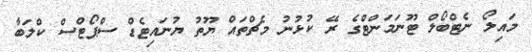
މައިލޯ ނެޓްބޯލް ޓޫނަމަންޓްގެ ރޭ ކުޅުނު މެޗްތައް ޔޫތު ޔުނައިޓެޑް ސްޕޯޓްސް ކްލަބާ